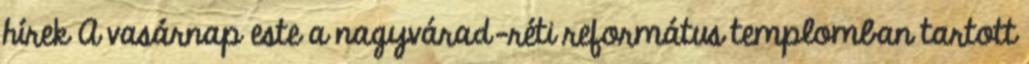
hírek A vasárnap este a nagyvárad-réti református templomban tartott